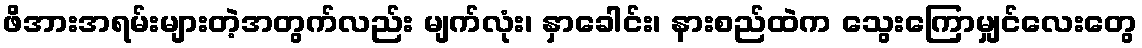
ဖိအားအရမ်းများတဲ့အတွက်လည်း မျက်လုံး၊ နှာခေါင်း၊ နားစည်ထဲက သွေးကြောမျှင်လေးတွေ